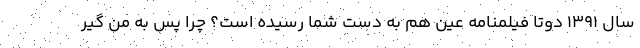
سال 1391 دوتا فیلمنامه عین هم به دست شما رسیده است؟ چرا پس به من گیر